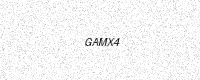
Text: GAMX4